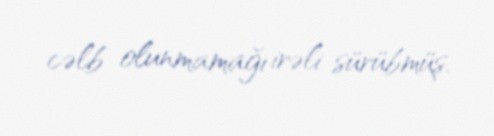
cəlb olunmamağı irəli sürübmüş.